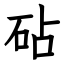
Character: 砧